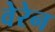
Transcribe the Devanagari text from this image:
वेरेन